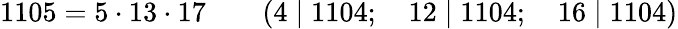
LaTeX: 1105=5\cdot 13\cdot 17\qquad(4\mid 1104;\quad 12\mid 1104;\quad 16\mid 1104)